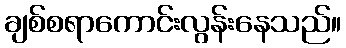
ချစ်စရာကောင်းလွန်းနေသည်။